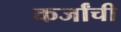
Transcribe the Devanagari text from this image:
कर्जांची